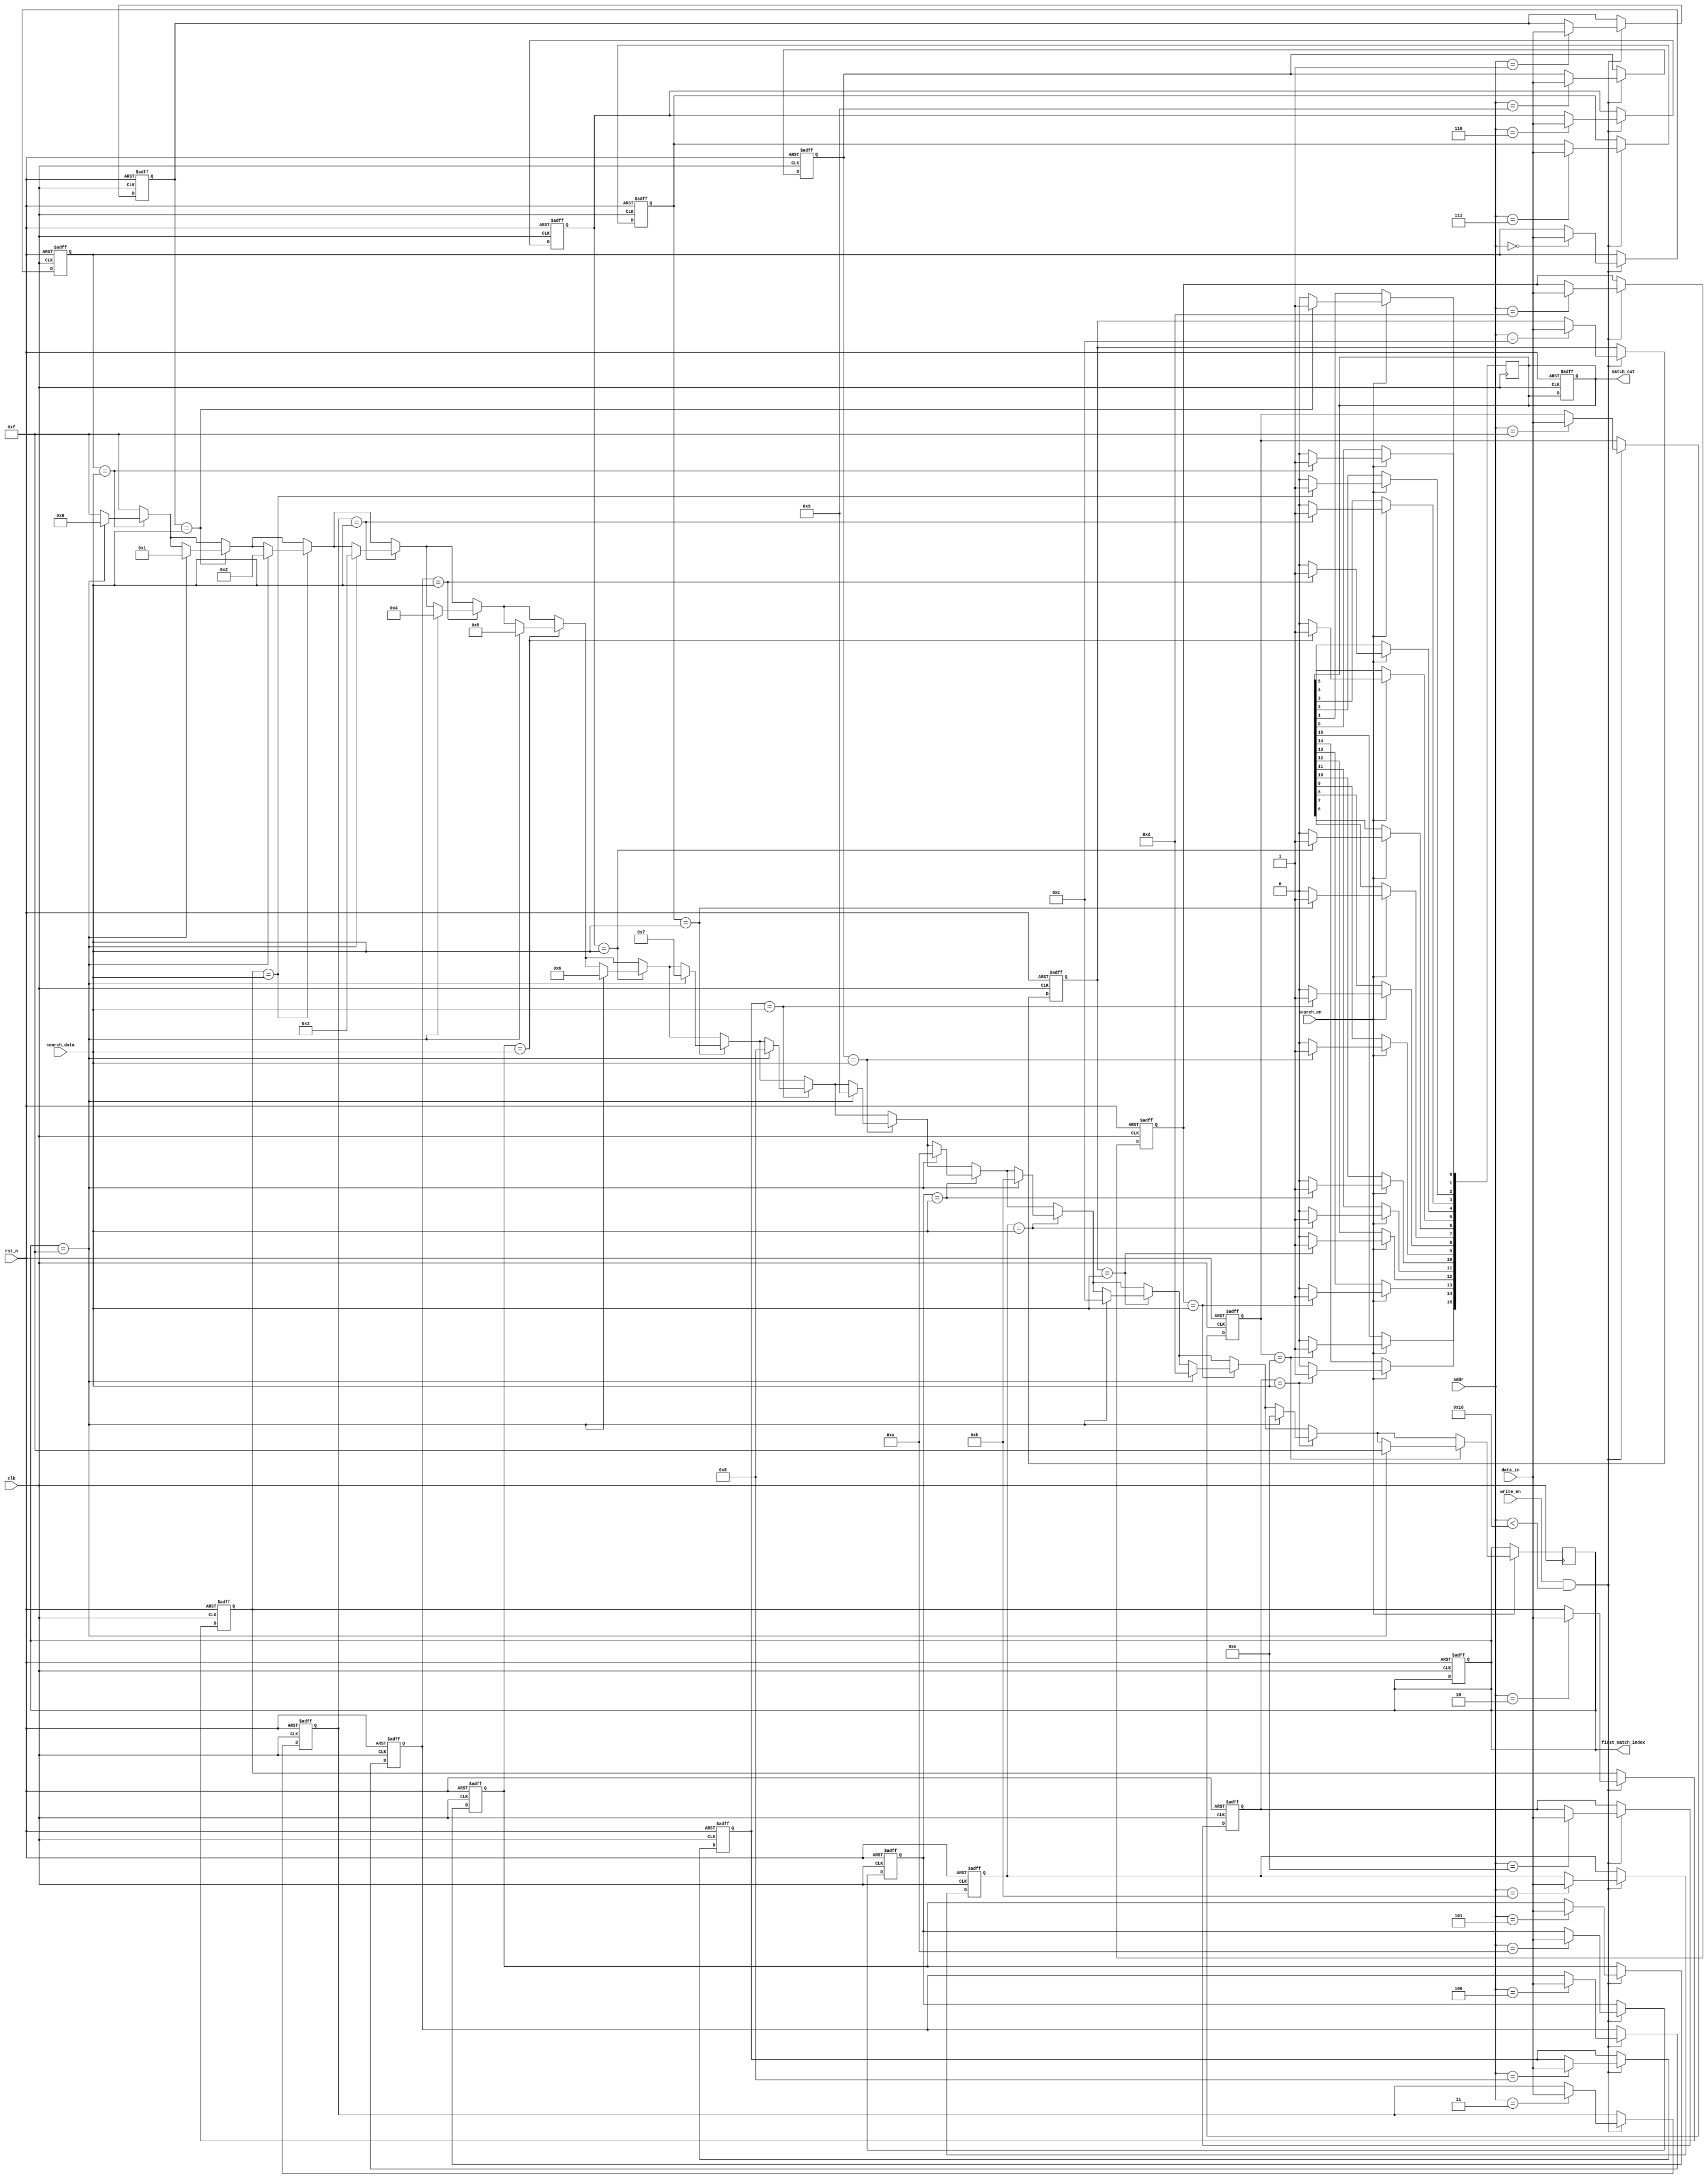
module row_based_cam #(
    parameter DATA_WIDTH = 8,        // Width of the data stored in CAM
    parameter NUM_ENTRIES = 16        // Number of entries in CAM
)(
    input wire clk,                   // Clock signal
    input wire rst_n,                 // Active low reset
    input wire [DATA_WIDTH-1:0] data_in,   // Data input for write operation
    input wire [3:0] addr,            // Address for writing (row index)
    input wire write_en,               // Write enable signal
    input wire search_en,              // Search enable signal
    input wire [DATA_WIDTH-1:0] search_data, // Data to search for
    output reg [NUM_ENTRIES-1:0] match_out, // Match outputs (one-hot encoding)
    output reg [3:0] first_match_index // Index of the first match
);

    // Memory array to store entries
    reg [DATA_WIDTH-1:0] cam_memory [0:NUM_ENTRIES-1];

    // Internal signals
    integer i;

    // Reset and Write Operations
    always @(posedge clk or negedge rst_n) begin
        if (!rst_n) begin
            // Reset all entries
            for (i = 0; i < NUM_ENTRIES; i = i + 1) begin
                cam_memory[i] <= {DATA_WIDTH{1'b0}};
            end
            match_out <= {NUM_ENTRIES{1'b0}};
            first_match_index <= 4'b1111; // No match
        end else if (write_en && (addr < NUM_ENTRIES)) begin
            // Write operation
            cam_memory[addr] <= data_in;
        end
    end

    // Search Operation
    always @(posedge clk) begin
        if (search_en) begin
            match_out <= {NUM_ENTRIES{1'b0}}; // Clear match output
            first_match_index <= 4'b1111; // Reset first match index
            for (i = 0; i < NUM_ENTRIES; i = i + 1) begin
                if (cam_memory[i] == search_data) begin
                    match_out[i] <= 1'b1; // Set match output for this row
                    if (first_match_index == 4'b1111) begin
                        first_match_index <= i; // Capture the first match index
                    end
                end
            end
        end
    end

endmodule